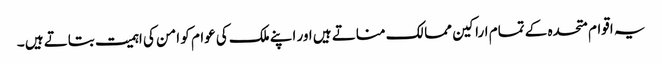
یہ اقوام متحدہ کے تمام اراکین ممالک مناتے ہیں اور اپنے ملک کی عوام کو امن کی اہمیت بتاتے ہیں ۔